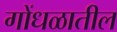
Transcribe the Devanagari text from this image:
गोंधळातील